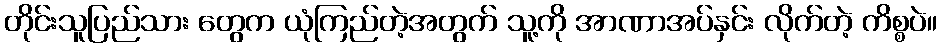
တိုင်းသူပြည်သား တွေက ယုံကြည်တဲ့အတွက် သူ့ကို အာဏာအပ်နှင်း လိုက်တဲ့ ကိစ္စပဲ။